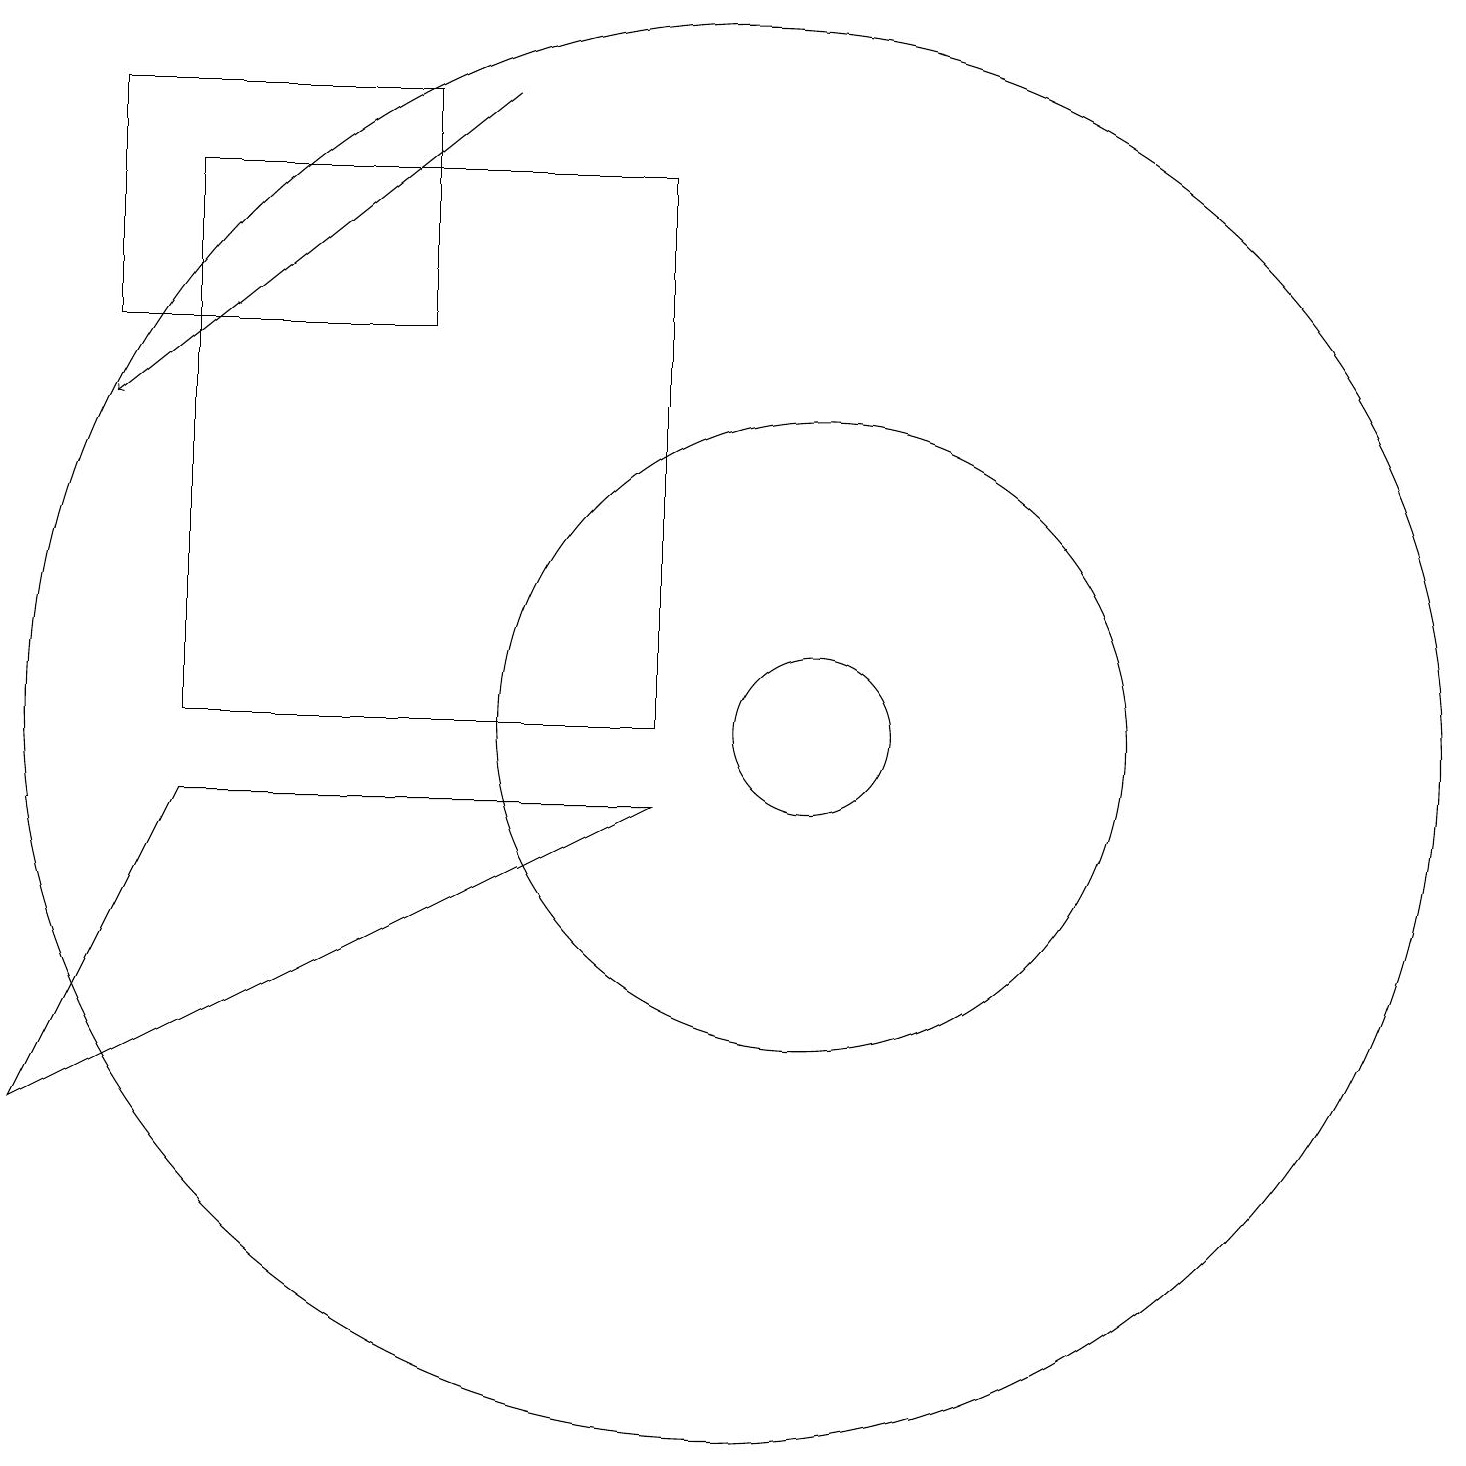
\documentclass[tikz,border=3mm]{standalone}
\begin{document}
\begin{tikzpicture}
\draw (3,9) -- (9,9) -- (1,5) -- cycle;
\draw (11,10) circle (1);
\draw (11,10) circle (4);
\draw (10,10) circle (9);
\draw (2,18) rectangle (6,15);
\draw[->] (7,18) -- (2,14);
\draw (9,17) rectangle (3,10);
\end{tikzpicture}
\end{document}